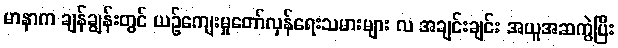
မာနာက ချန်ချွန်းတွင် ယဉ်ကျေးမှုတော်လှန်ရေးသမားများ လ အချင်းချင်း အယူအဆကွဲပြီး